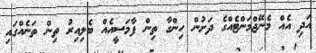
އަދި އެއް މެނޭޖްމަންޓެއްގެ ދަށުން ހިންގާ ތިން ފާމަސީއެއް ބެލިއިރު ތިން ތަނެއްގައި